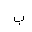
Letter: _ba